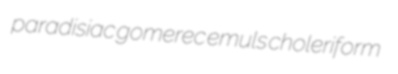
paradisiac gomerec emuls choleriform